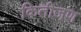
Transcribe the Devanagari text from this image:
कितीजण